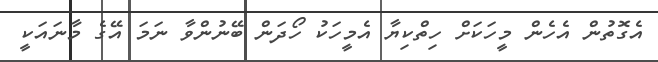
އެގޮތުން އެހެން މީހަކަށް ހިތްކިޔާ އެމީހަކު ހޯދަން ބޭނުންވާ ނަމަ އޭގެ މާނައަކީ